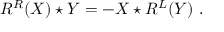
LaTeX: R ^ { R } ( X ) \star Y = - X \star R ^ { L } ( Y ) \ .